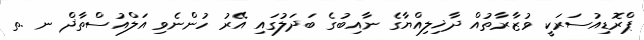
ޕްރޮޑިއުސަރަކީ ވުޒާރާތުއް ދާޚިލިއްޔާގެ ނާއިބުގެ ބަދަލުގައި އޭރު ހުންނެވި އަލްއުސްތާޛް ނ .ތ